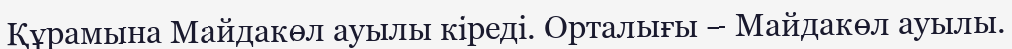
Құрамына Майдакөл ауылы кіреді. Орталығы – Майдакөл ауылы.